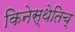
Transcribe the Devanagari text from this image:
किनेस्थेतिच्